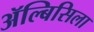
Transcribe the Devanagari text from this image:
ॲल्बिसिला